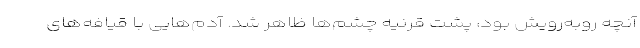
آنچه روبه‌رویش بود، پشت قرنیه چشم‌ها ظاهر شد. آدم‌هایی با قیافه‌های